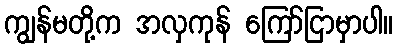
ကျွန်မတို့က အလှကုန် ကြော်ငြာမှာပါ။